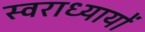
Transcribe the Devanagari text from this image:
स्वराध्यायों